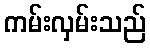
ကမ်းလှမ်းသည်